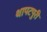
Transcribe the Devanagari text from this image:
थापटपुरी